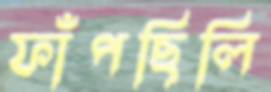
ফাঁপছিলি